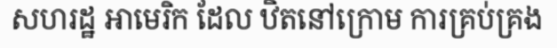
សហរដ្ឋ អាមេរិក ដែល ឋិតនៅក្រោម ការគ្រប់គ្រង